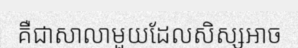
គឺជាសាលាមួយដែលសិស្សអាច